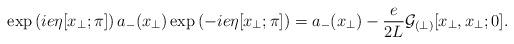
LaTeX: \begin{align*}\exp\left(ie \eta[x_\perp; \pi]\right) a_-(x_\perp)\exp\left(-ie\eta[x_\perp; \pi]\right)=a_-(x_\perp) -\frac{e}{2L}{\cal G}_{(\perp)}[x_\perp, x_\perp ;0].\end{align*}